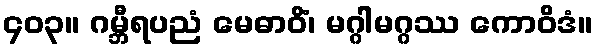
၄၀၃။ ဂမ္ဘီရပညံ မေဓာဝိံ၊ မဂ္ဂါမဂ္ဂဿ ကောဝိဒံ။